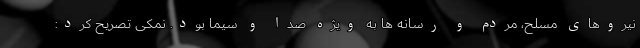
نیروهای مسلح، مردم و رسانه ها به ویژه صدا و سیما بود. نمکی تصریح کرد: